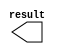
module num_x2 (
	result);

	output	[10:0]  result;

endmodule